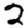
Digit: 2